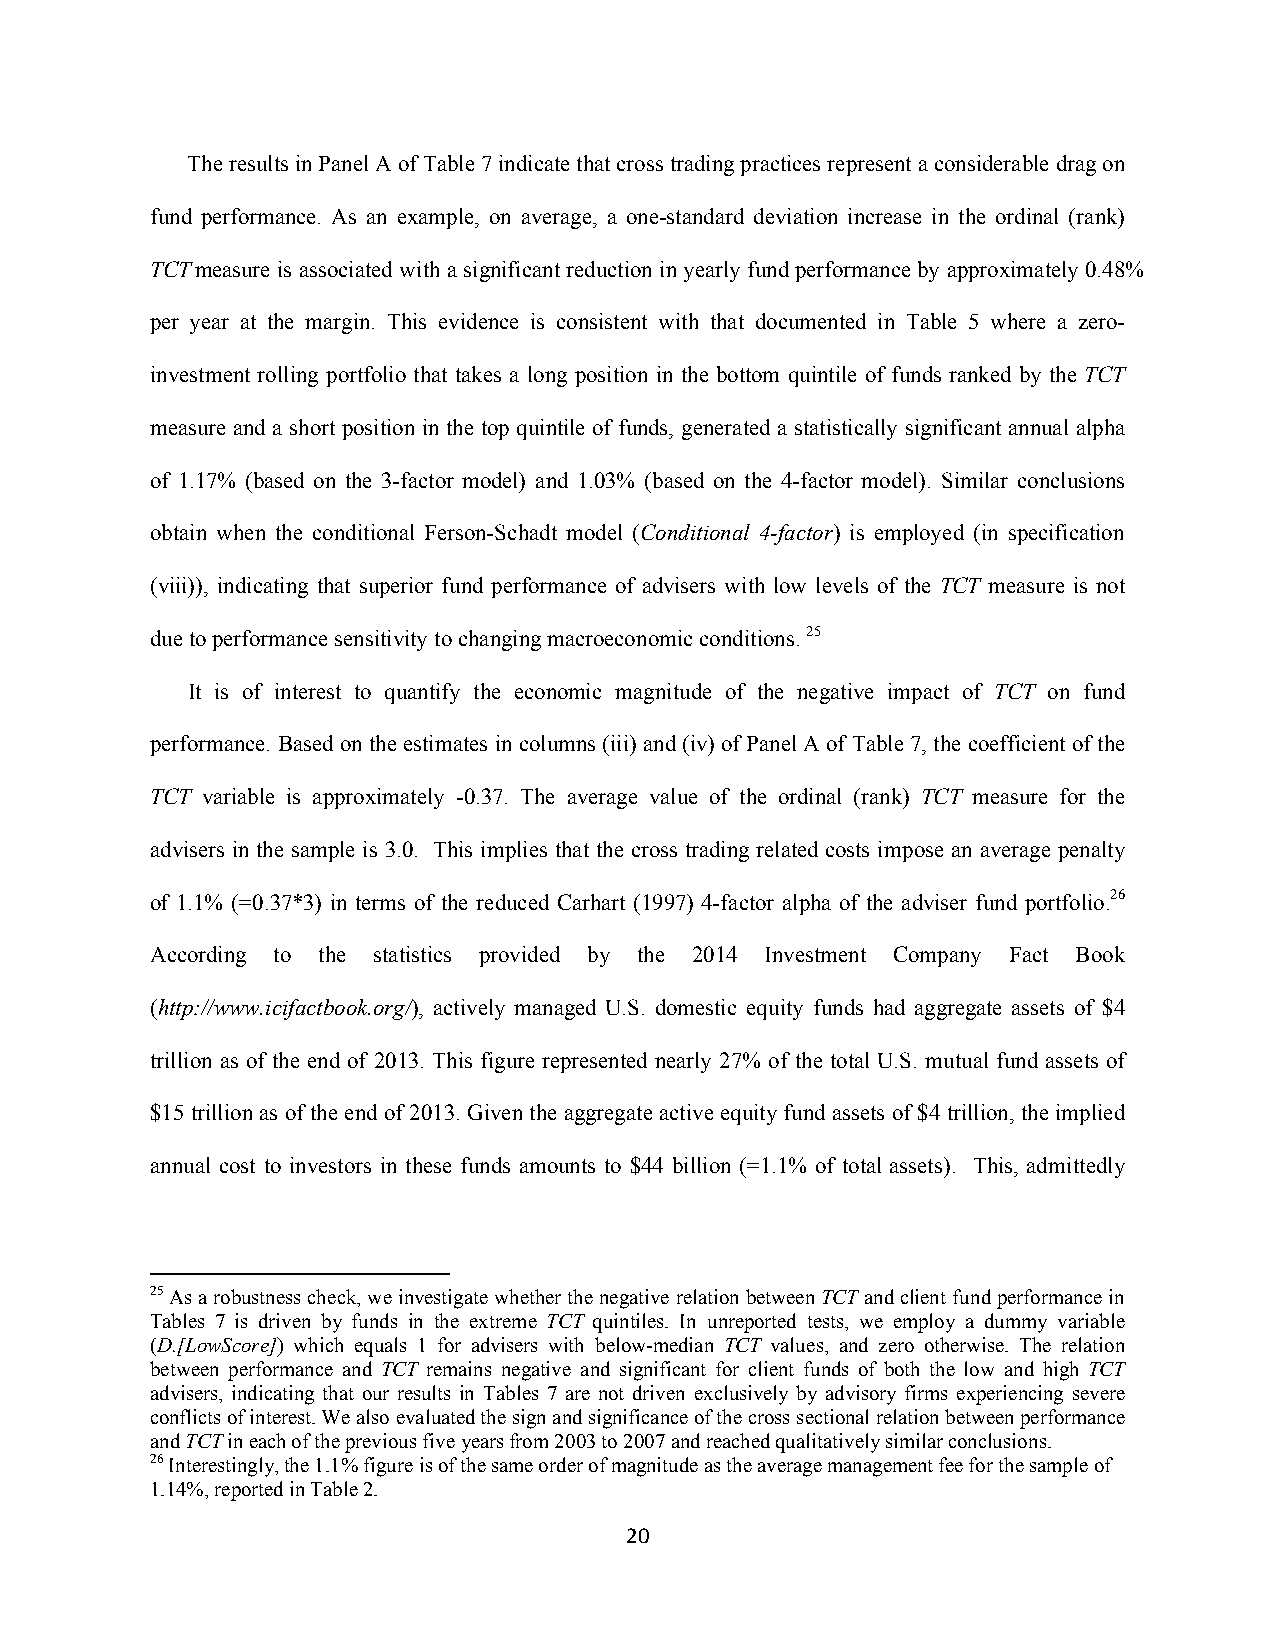
The results in Panel A of Table 7 indicate that cross trading practices represent a considerable drag on
 fund performance. As an example, on average, a one-standard deviation increase in the ordinal (rank)
 TCTmeasure is associated with a significant reduction in yearly fund performance by approximately 0.48%
 per year at the margin. This evidence is consistent with that documented in Table 5 where a zero-
 investment rolling portfolio that takes a long position in the bottom quintile of funds ranked by the TCT
 measure and a short position in the top quintile of funds, generated a statistically significant annual alpha
 of 1.17% (based on the 3-factor model) and 1.03% (based on the 4-factor model). Similar conclusions
 obtain when the conditional Ferson-Schadt model (Conditional 4-factor) is employed (in specification
 (viii)), indicating that superior fund performance of advisers with low levels of the TCT measure is not
 due to performance sensitivity to changing macroeconomic conditions. 25
 It is of interest to quantify the economic magnitude of the negative impact of TCT on fund
 performance. Based on the estimates in columns (iii) and (iv) of Panel A of Table 7, the coefficient of the
 TCT variable is approximately -0.37. The average value of the ordinal (rank) TCT measure for the
 advisers in the sample is 3.0. This implies that the cross trading related costs impose an average penalty
 of 1.1% (=0.37*3) in terms of the reduced Carhart (1997) 4-factor alpha of the adviser fund portfolio.26
 According to the statistics provided by the 2014 Investment Company Fact Book
 (http://www.icifactbook.org/), actively managed U.S. domestic equity funds had aggregate assets of $4
 trillion as of the end of 2013. This figure represented nearly 27% of the total U.S. mutual fund assets of
 $15 trillion as of the end of 2013. Given the aggregate active equity fund assets of $4 trillion, the implied
 annual cost to investors in these funds amounts to $44 billion (=1.1% of total assets). This, admittedly
 25 As a robustness check, we investigate whether the negative relation between TCT and client fund performance in
 Tables 7 is driven by funds in the extreme TCT quintiles. In unreported tests, we employ a dummy variable
 (D.[LowScore]) which equals 1 for advisers with below-median TCT values, and zero otherwise. The relation
 between performance and TCT remains negative and significant for client funds of both the low and high TCT
 advisers, indicating that our results in Tables 7 are not driven exclusively by advisory firms experiencing severe
 conflicts of interest. We also evaluated the sign and significance of the cross sectional relation between performance
 and TCT in each of the previous five years from 2003 to 2007 and reached qualitatively similar conclusions.
 26 Interestingly, the 1.1% figure is of the same order of magnitude as the average management fee for the sample of
 1.14%, reported in Table 2.
 20